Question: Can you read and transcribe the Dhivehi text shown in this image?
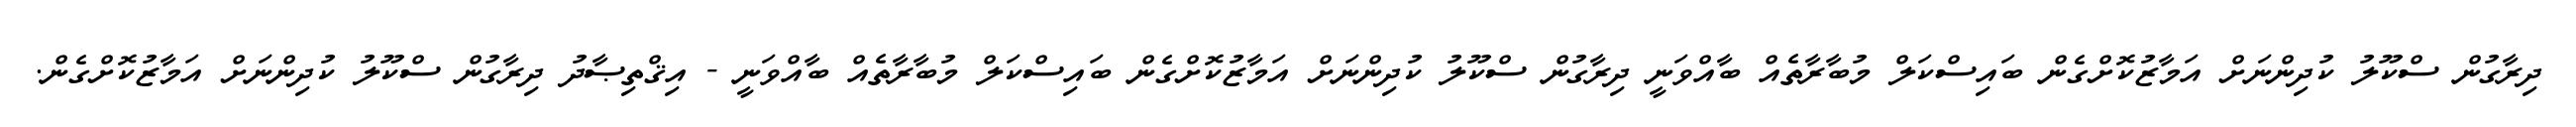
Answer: ދިރާގުން ސްކޫލު ކުދިންނަށް އަމާޒުކޮށްގެން ބައިސްކަލް މުބާރާތެއް ބާއްވަނީ ދިރާގުން ސްކޫލު ކުދިންނަށް އަމާޒުކޮށްގެން ބައިސްކަލް މުބާރާތެއް ބާއްވަނީ - އިޤްތިޞާދު ދިރާގުން ސްކޫލު ކުދިންނަށް އަމާޒުކޮށްގެން.